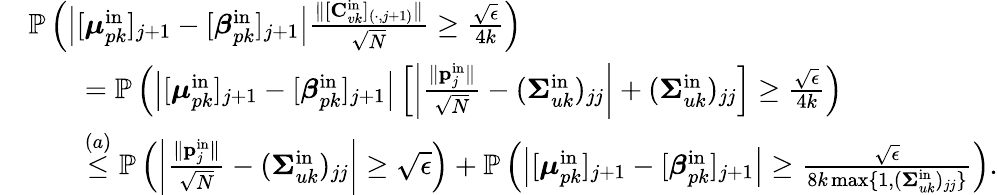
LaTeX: \begin{array}{rl}&{\mathbb{P}\left(\left|[\boldsymbol{\mu}_{pk}^{\mathrm{in}}]_{j+1}-[\boldsymbol{\beta}_{pk}^{\mathrm{in}}]_{j+1}\right|\frac{\| [\mathbf{C}_{vk}^{\mathrm{in}}]_{(\cdot,j+1)}\| }{\sqrt{N}}\geq\frac{\sqrt{\epsilon}}{4k}\right)}\\ &{\qquad=\mathbb{P}\left(\left|[\boldsymbol{\mu}_{pk}^{\mathrm{in}}]_{j+1}-[\boldsymbol{\beta}_{pk}^{\mathrm{in}}]_{j+1}\right|\left[\left|\frac{\| \mathbf{p}_{j}^{\mathrm{in}}\| }{\sqrt{N}}-(\boldsymbol{\Sigma}_{uk}^{\mathrm{in}})_{jj}\right|+(\boldsymbol{\Sigma}_{uk}^{\mathrm{in}})_{jj}\right]\geq\frac{\sqrt{\epsilon}}{4k}\right)}\\ &{\qquad\stackrel{(a)}{\leq}\mathbb{P}\left(\left|\frac{\| \mathbf{p}_{j}^{\mathrm{in}}\| }{\sqrt{N}}-(\boldsymbol{\Sigma}_{uk}^{\mathrm{in}})_{jj}\right|\geq\sqrt{\epsilon}\right)+\mathbb{P}\left(\left|[\boldsymbol{\mu}_{pk}^{\mathrm{in}}]_{j+1}-[\boldsymbol{\beta}_{pk}^{\mathrm{in}}]_{j+1}\right|\geq\frac{\sqrt{\epsilon}}{8k\operatorname*{max}\{ 1,(\boldsymbol{\Sigma}_{uk}^{\mathrm{in}})_{jj}\} }\right).}\end{array}